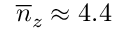
\overline { { n } } _ { z } \approx 4 . 4